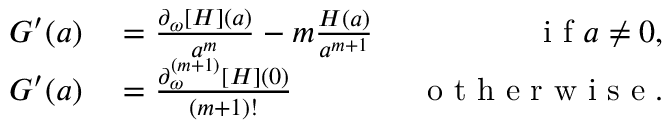
\begin{array} { r } { \begin{array} { r l r } { G ^ { \prime } ( a ) } & { { } = \frac { \partial _ { \omega } [ H ] ( a ) } { a ^ { m } } - m \frac { H ( a ) } { a ^ { m + 1 } } ~ } & { \mathrm { ~ i ~ f ~ } a \neq 0 , } \\ { G ^ { \prime } ( a ) } & { { } = \frac { \partial _ { \omega } ^ { ( m + 1 ) } [ H ] ( 0 ) } { ( m + 1 ) ! } ~ } & { \mathrm { ~ o ~ t ~ h ~ e ~ r ~ w ~ i ~ s ~ e ~ } . } \end{array} } \end{array}